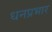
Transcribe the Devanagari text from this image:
धनप्रभार